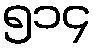
၅၁၄